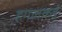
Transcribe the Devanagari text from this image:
हगलकई